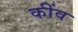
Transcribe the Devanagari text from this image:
कींव